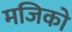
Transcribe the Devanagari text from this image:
मजिको